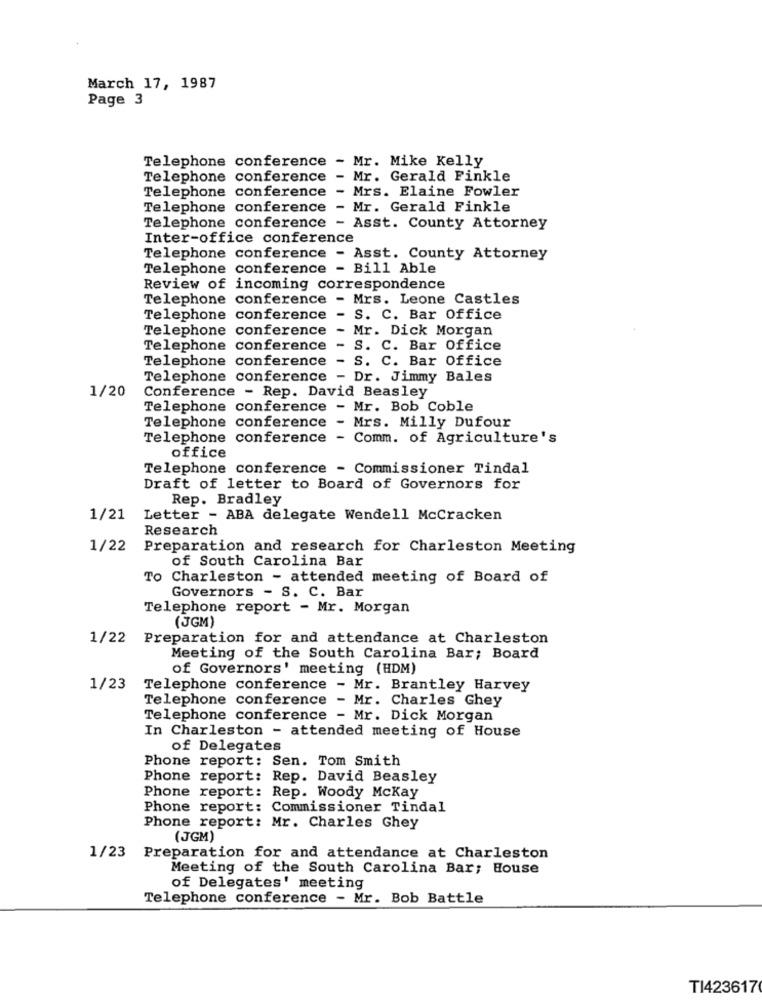
March 17, 1987
Page 3
Telephone conference - Mr. Mike Kelly
Telephone conference - Mr. Gerald Finkle
Telephone conference - Mrs. Elaine Fowler
Telephone conference - Mr. Gerald Finkle
Telephone conference - Asst. County Attorney
Inter-office conference
Telephone conference - Asst. County Attorney
Telephone conference - Bill Able
Review of incoming correspondence
Telephone conference - Mrs. Leone Castles
Telephone conference - S. C. Bar Office
Telephone conference -
Mr. Dick Morgan
Telephone conference -
S. C. Bar Office
Telephone conference - S. C. Bar Office
Telephone conference - Dr. Jimmy Bales
1/20
Conference - Rep. David Beasley
Telephone conference - Mr. Bob Coble
Telephone conference - Mrs. Milly Dufour
Telephone conference - Comm. of Agriculture's
office
Telephone conference - Commissioner Tindal
Draft of letter to Board of Governors for
Rep. Bradley
1/21
Letter - ABA delegate Wendell Mccracken
Research
1/22
Preparation and research for Charleston Meeting
of South Carolina Bar
Charleston - attended meeting of Board of
Governors - S. C. Bar
Telephone report - Mr. Morgan
(JGM)
1/22 Preparation for and attendance at Charleston
Meeting of the South Carolina Bar; Board
of Governors' meeting (HDM)
1/23
Telephone conference - Mr. Brantley Harvey
Telephone conference - Mr. Charles Ghey
Telephone conference - Mr. Dick Morgan
In Charleston - attended meeting of House
of Delegates
Phone report: Sen. Tom Smith
Phone report: Rep. David Beasley
Phone report: Rep. Woody Mckay
Phone report: Commissioner Tindal
Phone report: Mr. Charles Ghey
(JGM)
1/23 Preparation for and attendance at Charleston
Meeting of the South Carolina Bar; House
of Delegates' meeting
Telephone conference - Mr. Bob Battle
TI423617